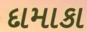
દામાકા